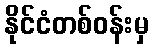
နိုင်ငံတစ်ဝန်းမှ